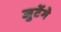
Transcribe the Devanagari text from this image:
जुटेंगे